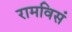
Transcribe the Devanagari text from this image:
रामविसं